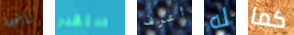
ناضجة ستقدر أعرف له كما